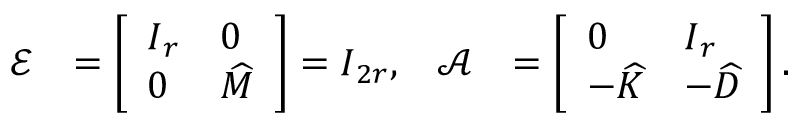
\begin{array} { r l r l } { \ensuremath { \boldsymbol { \mathcal { E } } } } & { = \left[ \begin{array} { l l } { \ensuremath { \boldsymbol { I } } _ { r } } & { 0 } \\ { 0 } & { \ensuremath { \skew 4 \widehat { \boldsymbol { M } } } } \end{array} \right] = \ensuremath { \boldsymbol { I } } _ { 2 r } , } & { \ensuremath { \boldsymbol { \mathcal { A } } } } & { = \left[ \begin{array} { l l } { 0 } & { \ensuremath { \boldsymbol { I } } _ { r } } \\ { - \ensuremath { \skew 4 \widehat { \boldsymbol { K } } } } & { - \ensuremath { \skew 4 \widehat { \boldsymbol { D } } } } \end{array} \right] . } \end{array}